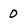
Character: 0